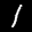
Label: 1